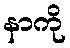
နာကို